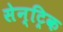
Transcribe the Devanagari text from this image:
सेन्ट्रिक